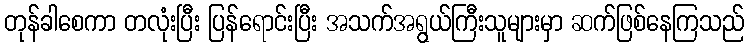
တုန်ခါစေကာ တလုံးပြီး ပြန်ရောင်းပြီး အသက်အရွယ်ကြီးသူများမှာ ဆက်ဖြစ်နေကြသည်